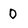
Character: 0